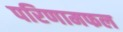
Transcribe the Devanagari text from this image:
परिणामफल